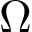
\Omega